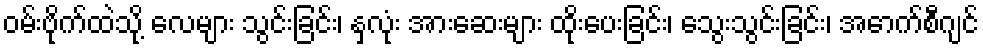
ဝမ်းဗိုက်ထဲသို့ လေများ သွင်းခြင်း၊ နှလုံး အားဆေးများ ထိုးပေးခြင်း၊ သွေးသွင်းခြင်း၊ အောက်စီဂျင်